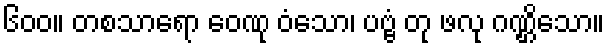
၆၀၀။ တစသာရော ဝေဏု ဝံသော၊ ပဗ္ဗံ တု ဖလု ဂဏ္ဌိသော။